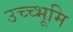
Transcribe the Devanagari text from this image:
उच्च्भूमि